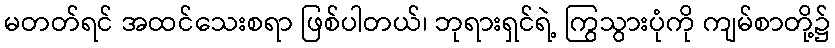
မတတ်ရင် အထင်သေးစရာ ဖြစ်ပါတယ်၊ ဘုရားရှင်ရဲ့ ကြွသွားပုံကို ကျမ်စာတို့၌